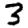
Digit: 3